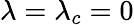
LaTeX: \lambda=\lambda_{c}=0